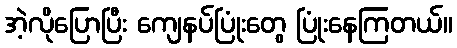
အဲ့လိုပြောပြီး ကျေနပ်ပြုံးတွေ ပြုံးနေကြတယ်။